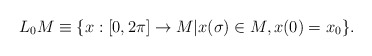
\begin{align*}L_0 M \equiv \{ x:[0,2\pi] \rightarrow M | x(\sigma) \in M, x(0)=x_0 \}.\end{align*}